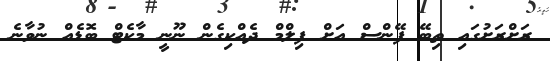
ރަށްރަށުގައި ތިބޭ ފޭންސް އަށް ފިލްމް ދެއްކިގެން ނޫނީ މާކެޓް ބޮޑެއް ނުވާނެ